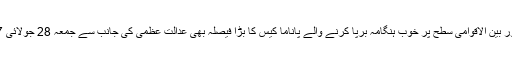
اس سے قبل ملکی اور بین الاقوامی سطح پر خوب ہنگامہ برپا کرنے والے پاناما کیس کا بڑا فیصلہ بھی عدالت عظمیٰ کی جانب سے جمعہ 28 جولائی 2017 کو سنایا گیا ۔